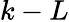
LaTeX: k-L